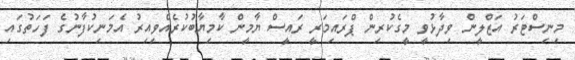
މިނިސްޓަރު އަޒްލީން ވިދާޅުވީ މީގެކުރިން ޕްރައިމަރީ ރައީސް ޔާމީން ކާމިޔާބުކުރެއްވިއިރު އެމަނިކުފާނުގެ ފަހަތުގައި